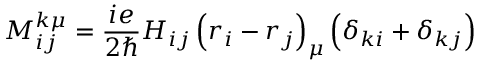
M _ { i j } ^ { k \mu } = \frac { i e } { 2 \hbar } H _ { i j } \left( \boldsymbol { r } _ { i } - \boldsymbol { r } _ { j } \right) _ { \mu } \left( \delta _ { k i } + \delta _ { k j } \right)